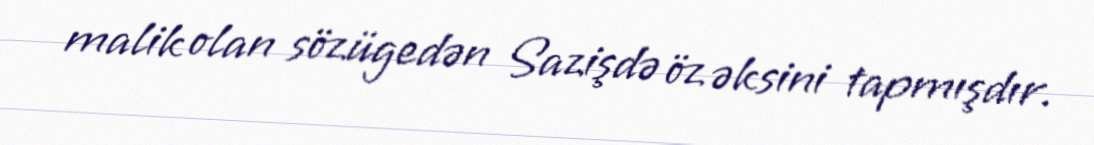
malik olan sözügedən Sazişdə öz əksini tapmışdır.